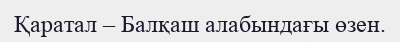
Қаратал – Балқаш алабындағы өзен.